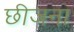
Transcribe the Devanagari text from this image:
छीजना